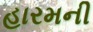
હારમની